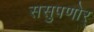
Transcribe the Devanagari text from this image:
ससुपणोर्